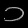
Digit: ၁